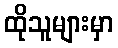
ထိုသူများမှာ